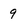
Character: 9